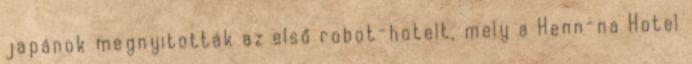
japánok megnyitották az első robot-hotelt, mely a Henn-na Hotel